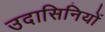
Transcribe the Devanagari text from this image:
उदासिनियों